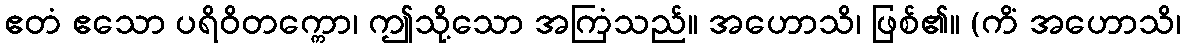
ဧတံ ဧသော ပရိဝိတက္ကော၊ ဤသို့သော အကြံသည်။ အဟောသိ၊ ဖြစ်၏။ (ကိံ အဟောသိ၊